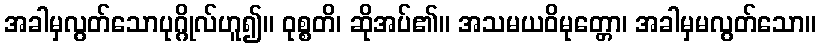
အခါမှလွတ်သောပုဂ္ဂိုလ်ဟူ၍။ ဝုစ္စတိ၊ ဆိုအပ်၏။ အသမယဝိမုတ္တော၊ အခါမှမလွတ်သော။